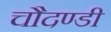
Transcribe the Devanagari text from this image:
चौदण्डी